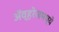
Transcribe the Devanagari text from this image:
ॲव्हरेजमध्ये